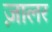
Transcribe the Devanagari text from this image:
ज़ालर